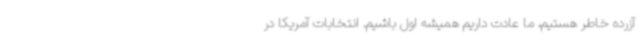
آزرده خاطر هستیم، ما عادت داریم همیشه اول باشیم. انتخابات آمریکا در